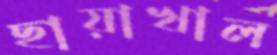
ছায়াখাল